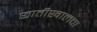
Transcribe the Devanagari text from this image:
छातीखालचा